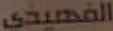
الفهيدي